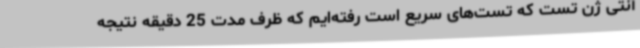
آنتی ژن تست که تست‌های سریع است رفته‌ایم که ظرف مدت 25 دقیقه نتیجه